Plague in India, 1896, 1897 - Volume 3
Year: 1896
Disease focus: Plague
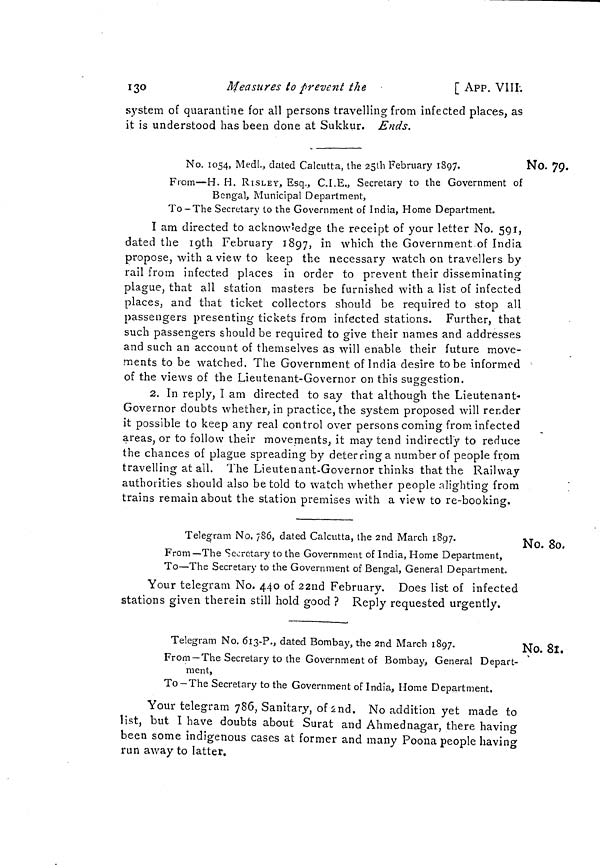
130
Measures to prevent the
[ APP. V1IL
system of quarantine for all persons travelling from infected places, as
it is understood has been done at Sukkur. Ends.
No. 79.
No. 1054, Medí., dated Calcutta, the 25lh February 1897.
From—H. H. RISLEY, Esq., C.I.E., Secretary to the Government of
Bengal, Municipal Department,
To-The Secretary to the Government of India, Home Department.
I am directed to acknowledge the receipt of your letter No. 591,
dated the igth February 1897, in which the Government of India
propose, with a view to keep the necessary watch on travellers by
rail from infected places in order to prevent their disseminating
plague, that all station masters be furnished with a list of infected
places, and that ticket collectors should be required to stop all
passengers presenting tickets from infected stations. Further, that
such passengers should be required to give their names and addresses
and such an account of themselves as will enable their future move-
ments to be watched. The Government of India desire tobe informed
of the views of the Lieutenant-Governor on this suggestion.
2. In reply, I am directed to say that although the Lieutenant-
Governor doubts whether, in practice, the system proposed will render
it possible to keep any real control over persons coming from infected
areas, or to follow their movements, it may tend indirectly to reduce
the chances of plague spreading by deterring a number of people from
travelling at all. The Lieutenant-Governor thinks that the Railway
authorities should also be told to watch whether people alighting from
trains remain about the station premises with a view to re-booking.
No. 80.
Telegram No. 786, dated Calcutta, (he 2nd March 1897.
From—The Secretary to the Government of India, Home Department,
To—The Secretary to the Government of Bengal, General Department.
Your telegram No. 440 of 22nd February. Does list of infected
stations given therein still hold good ? Reply requested urgently.
No. 8l.
Telegram No. 613-?., dated Bombay, the 2nd March 1897.
j
From—The Secretary to the Government of Bombay, General Depart-
ment,
To-The Secretary to the Government of India, Home Department.
Your telegram 786, Sanitary, of 2nd. No addition yet made to
list, but I have doubts about Surat and Ahmednagar, there having
been some indigenous cases at former and many Poona people having
run away to latter.